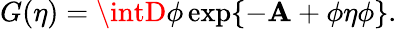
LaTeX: G(\eta)=\intD\phi\exp\{ -\mathbf{A}+\phi\eta\phi\} .